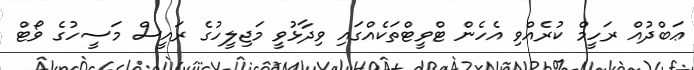
ޢަބްދުއް ރަހީމް ކުރެއްވި އެހެން ޓްވީޓްތަކެއްގައި ވިދާޅުވީ މަޖިލީހުގެ ރައީސް މަސީހުގެ ވޯޓް